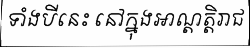
ទាំងបីនេះ នៅក្នុងអាណ្តត្តិរាជ